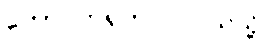
တောင်တရုတ်ပင်လယ်သို့